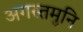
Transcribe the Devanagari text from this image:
अगस्तमुनि